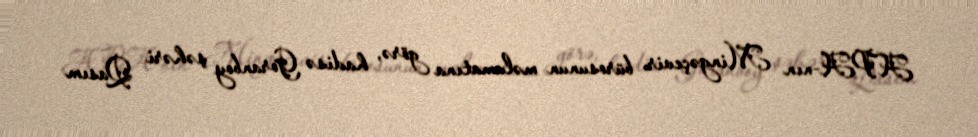
APA-nın Mingəçevir bürosunun məlumatına görə, hadisə Goranboy şəhəri Qasım